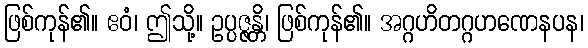
ဖြစ်ကုန်၏။ ဧဝံ၊ ဤသို့။ ဥပ္ပဇ္ဇန္တိ၊ ဖြစ်ကုန်၏။ အဂ္ဂဟိတဂ္ဂဟဏေနပန၊